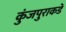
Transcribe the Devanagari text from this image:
कुंजपुराकडे